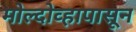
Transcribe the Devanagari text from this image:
मोल्दोव्हापासून